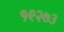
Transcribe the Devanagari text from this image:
१९२७३